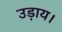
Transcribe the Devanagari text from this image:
उड़ाय।